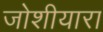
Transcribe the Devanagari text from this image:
जोशीयारा